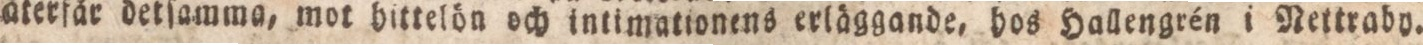
återfår detſamma, mot hittelön och intimationens erläggande, hos Hallengrén i Nettraby.